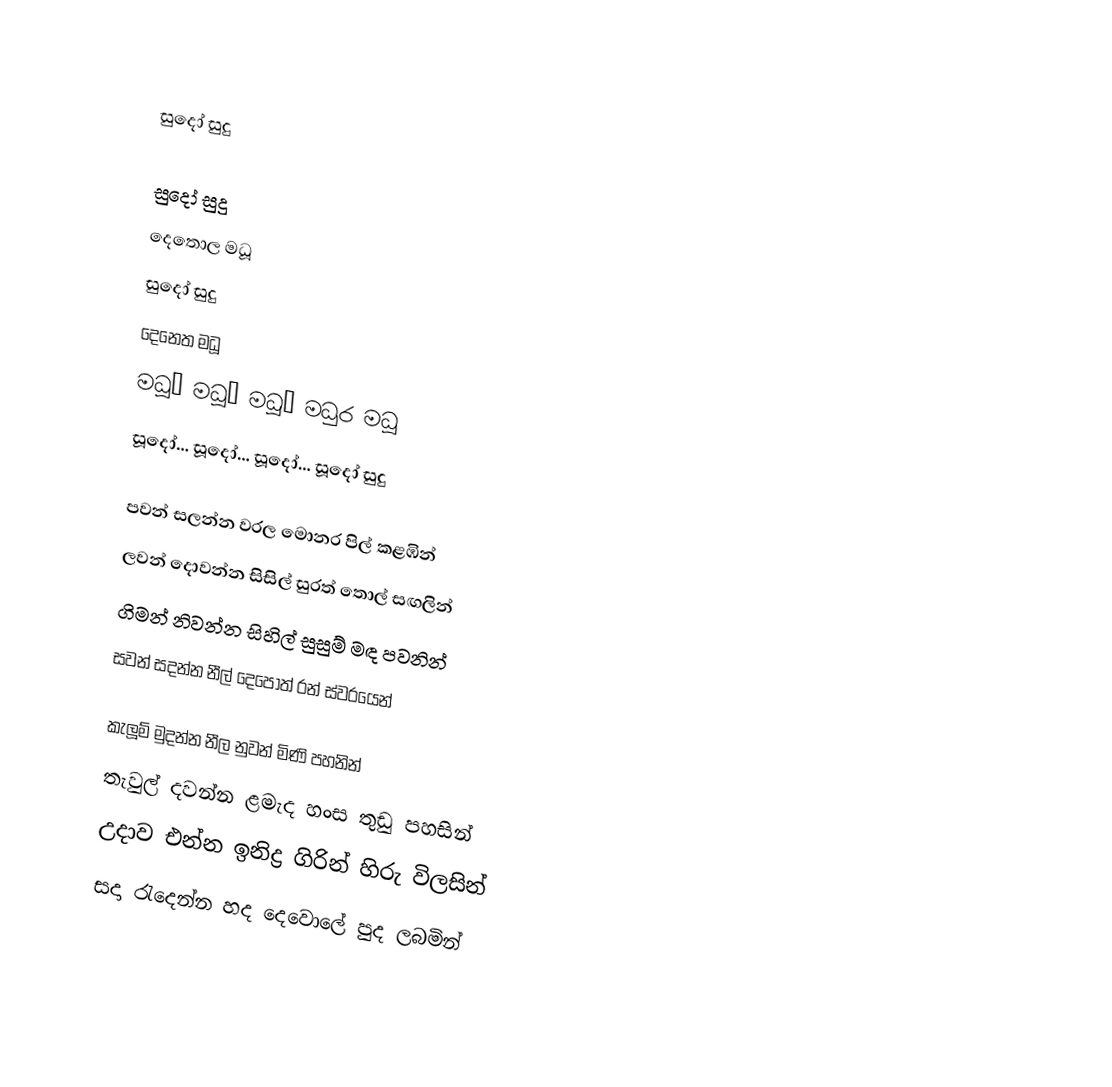

සුදෝ සුදු

සුදෝ සුදු
දෙතොල මධූ
සුදෝ සුදු
දෙනෙත මධූ
මධූ… මධූ… මධූ… මධුර මධූ
සූදෝ… සූදෝ… සූදෝ… සූදෝ සුදු

පවන් සලන්න වරල මොනර පිල් කළඹින්
ලවන් දොවන්න සිසිල් සුරත් තොල් සඟලින්
ගිමන් නිවන්න සිහිල් සුසුම් මඳ පවනින්
සවන් සදන්න නීල් දෙපොත් රන් ස්වරයෙන්

කැලූම් මුදන්න නීල නුවන් මිණි පහනින්
තැවුල් දවන්න ළමැද හංස තුඩු පහසින්
උදාව එන්න ඉනිද්‍ර ගිරින් හිරු විලසින්
සදා රැදෙන්න හද දෙවොලේ පුද ලබමින්